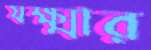
যক্ষ্মার